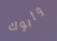
وأبوك